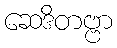
ဆေဒိတဗ္ဗာ